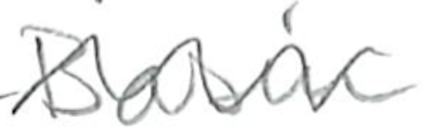
Text: Basin
Cross-out: wave
Writing tool: pencil